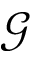
\mathcal { G }